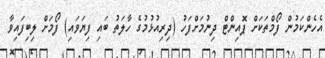
އެހެންކަމުން ފޯމްތަކަށް ޕޮއިންޓް ދިނުމަށްފަހު (ދިރިއުޅުމުގެ ހާލަތު ބައި ފިޔަވައި) ފޯމަށް ލިބިފައިވާ